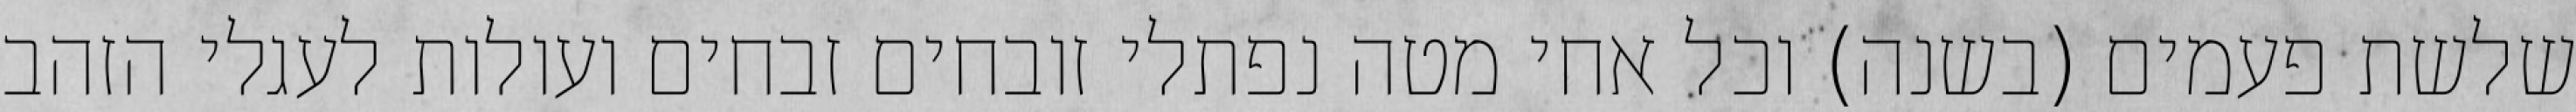
שלשת פעמים (בשנה) וכל אחי מטה נפתלי זובחים זבחים ועולות לעגלי הזהב